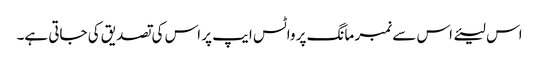
اس لیئے اس سے نمبر مانگ پر واٹس ایپ پر اس کی تصدیق کی جاتی ہے۔